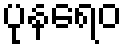
ပုနရေဝ